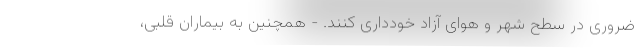
ضروری در سطح شهر و هوای آزاد خودداری کنند. - همچنین به بیماران قلبی،